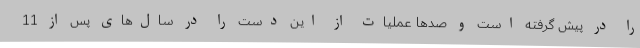
را در پیش گرفته است و صدها عملیات از این دست را در سال‌های پس از 11